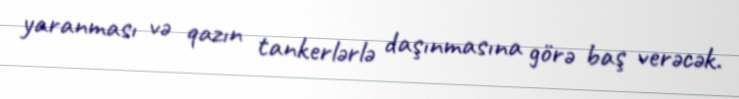
yaranması və qazın tankerlərlə daşınmasına görə baş verəcək.